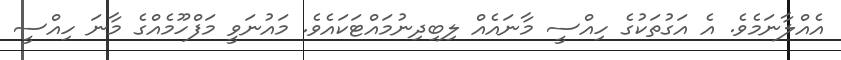
އެއްލާނަމެވެ. އެ އަގުތަކުގެ ހިއްސީ މާނައެއް ލިބިދިނުމައްޓަކައެވެ. މައުނަވީ މަފްހޫމެއްގެ މާނަ ހިއްސީ